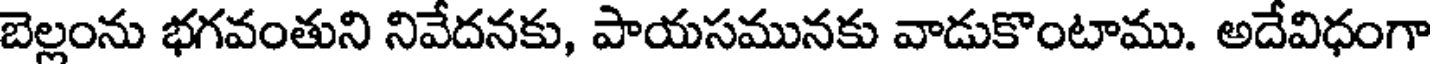
బెల్లంను భగవంతుని నివేదనకు, పాయసమునకు వాడుకొంటాము. అదేవిధంగా